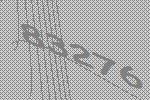
83276